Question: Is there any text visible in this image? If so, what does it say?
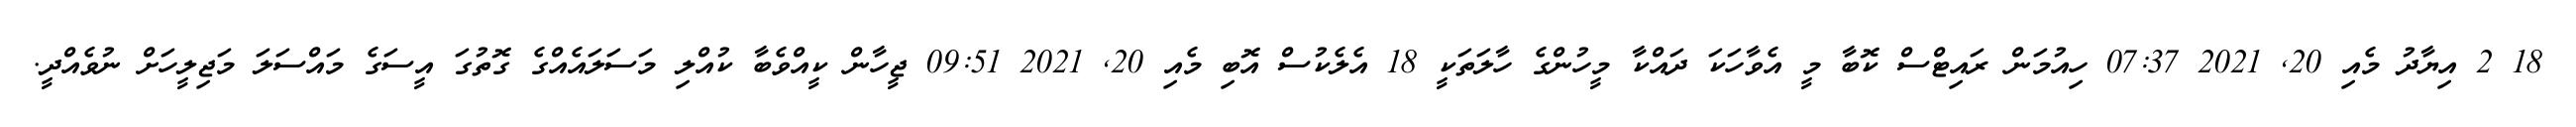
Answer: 18 2 އިޔާދު މެއި 20, 2021 07:37 ހިއުމަން ރައިޓްސް ކޮބާ މީ އެވާހަކަ ދައްކާ މީހުންގެ ހާލަތަކީ 18 އެލެކުސް އޮބި މެއި 20, 2021 09:51 ޖީހާން ކީއްވެބާ ކުއްލި މަސަލައެއްގެ ގޮތުގަ އީސަގެ މައްސަލަ މަޖިލީހަށް ނުވެއްދީ.